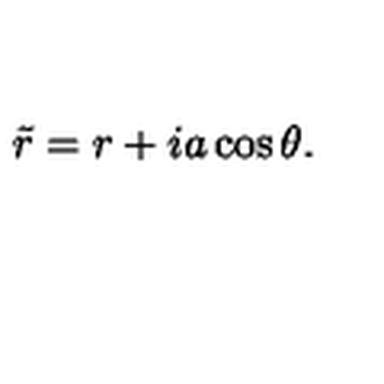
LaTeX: \tilde { r } = r + i a \cos \theta .